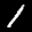
Label: 1